Statistical return of the lunatic asylum in Assam - 1912-1932
Year: 1912
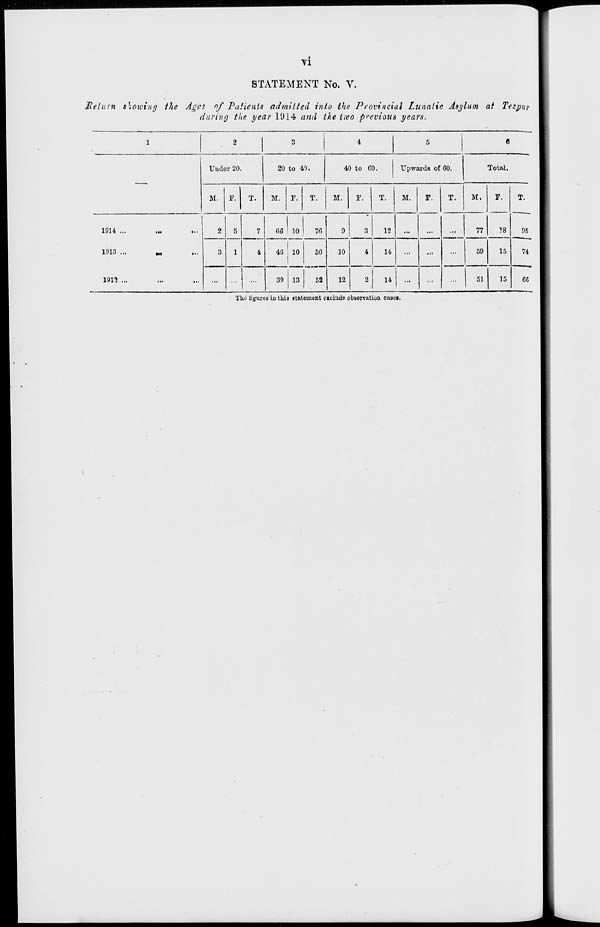
vi
STATEMENT No. V.
Return showing the Ages of Patients admitted into the Provincial Lunatic Asylum at Tezpur
during the year 1914 and the two previous years.
1
2
|
3
4
5
6
Under 20.
20 to 40.
40 to CO.
Upwards of 60.
Total.
M. F. T.
M. F. T.
M.
F.
T.
M.
F.
T.
M.
F.
T.
1914 ...
IN
«••
2 5
7
66 10
76
9
3
12
...
77
X8
98
1913 ...
3 1
4
4G 10
56
10
4
14
...
...
...
59
15
74
191!? ...
.„
...
...
39 13
52
12
2
14
...
...
...
51
15
CG
The tigures in this statement exclude pbaervation caaci.